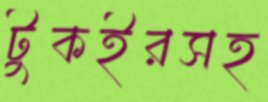
টুকইরসহ